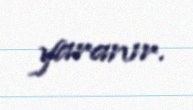
yaranır.